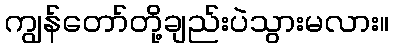
ကျွန်တော်တို့ချည်းပဲသွားမလား။